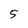
Character: 5